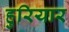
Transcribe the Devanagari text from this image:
हुरियार